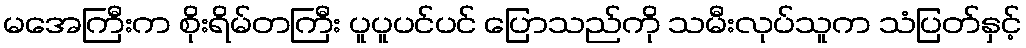
မအေကြီးက စိုးရိမ်တကြီး ပူပူပင်ပင် ပြောသည်ကို သမီးလုပ်သူက သံပြတ်နှင့်